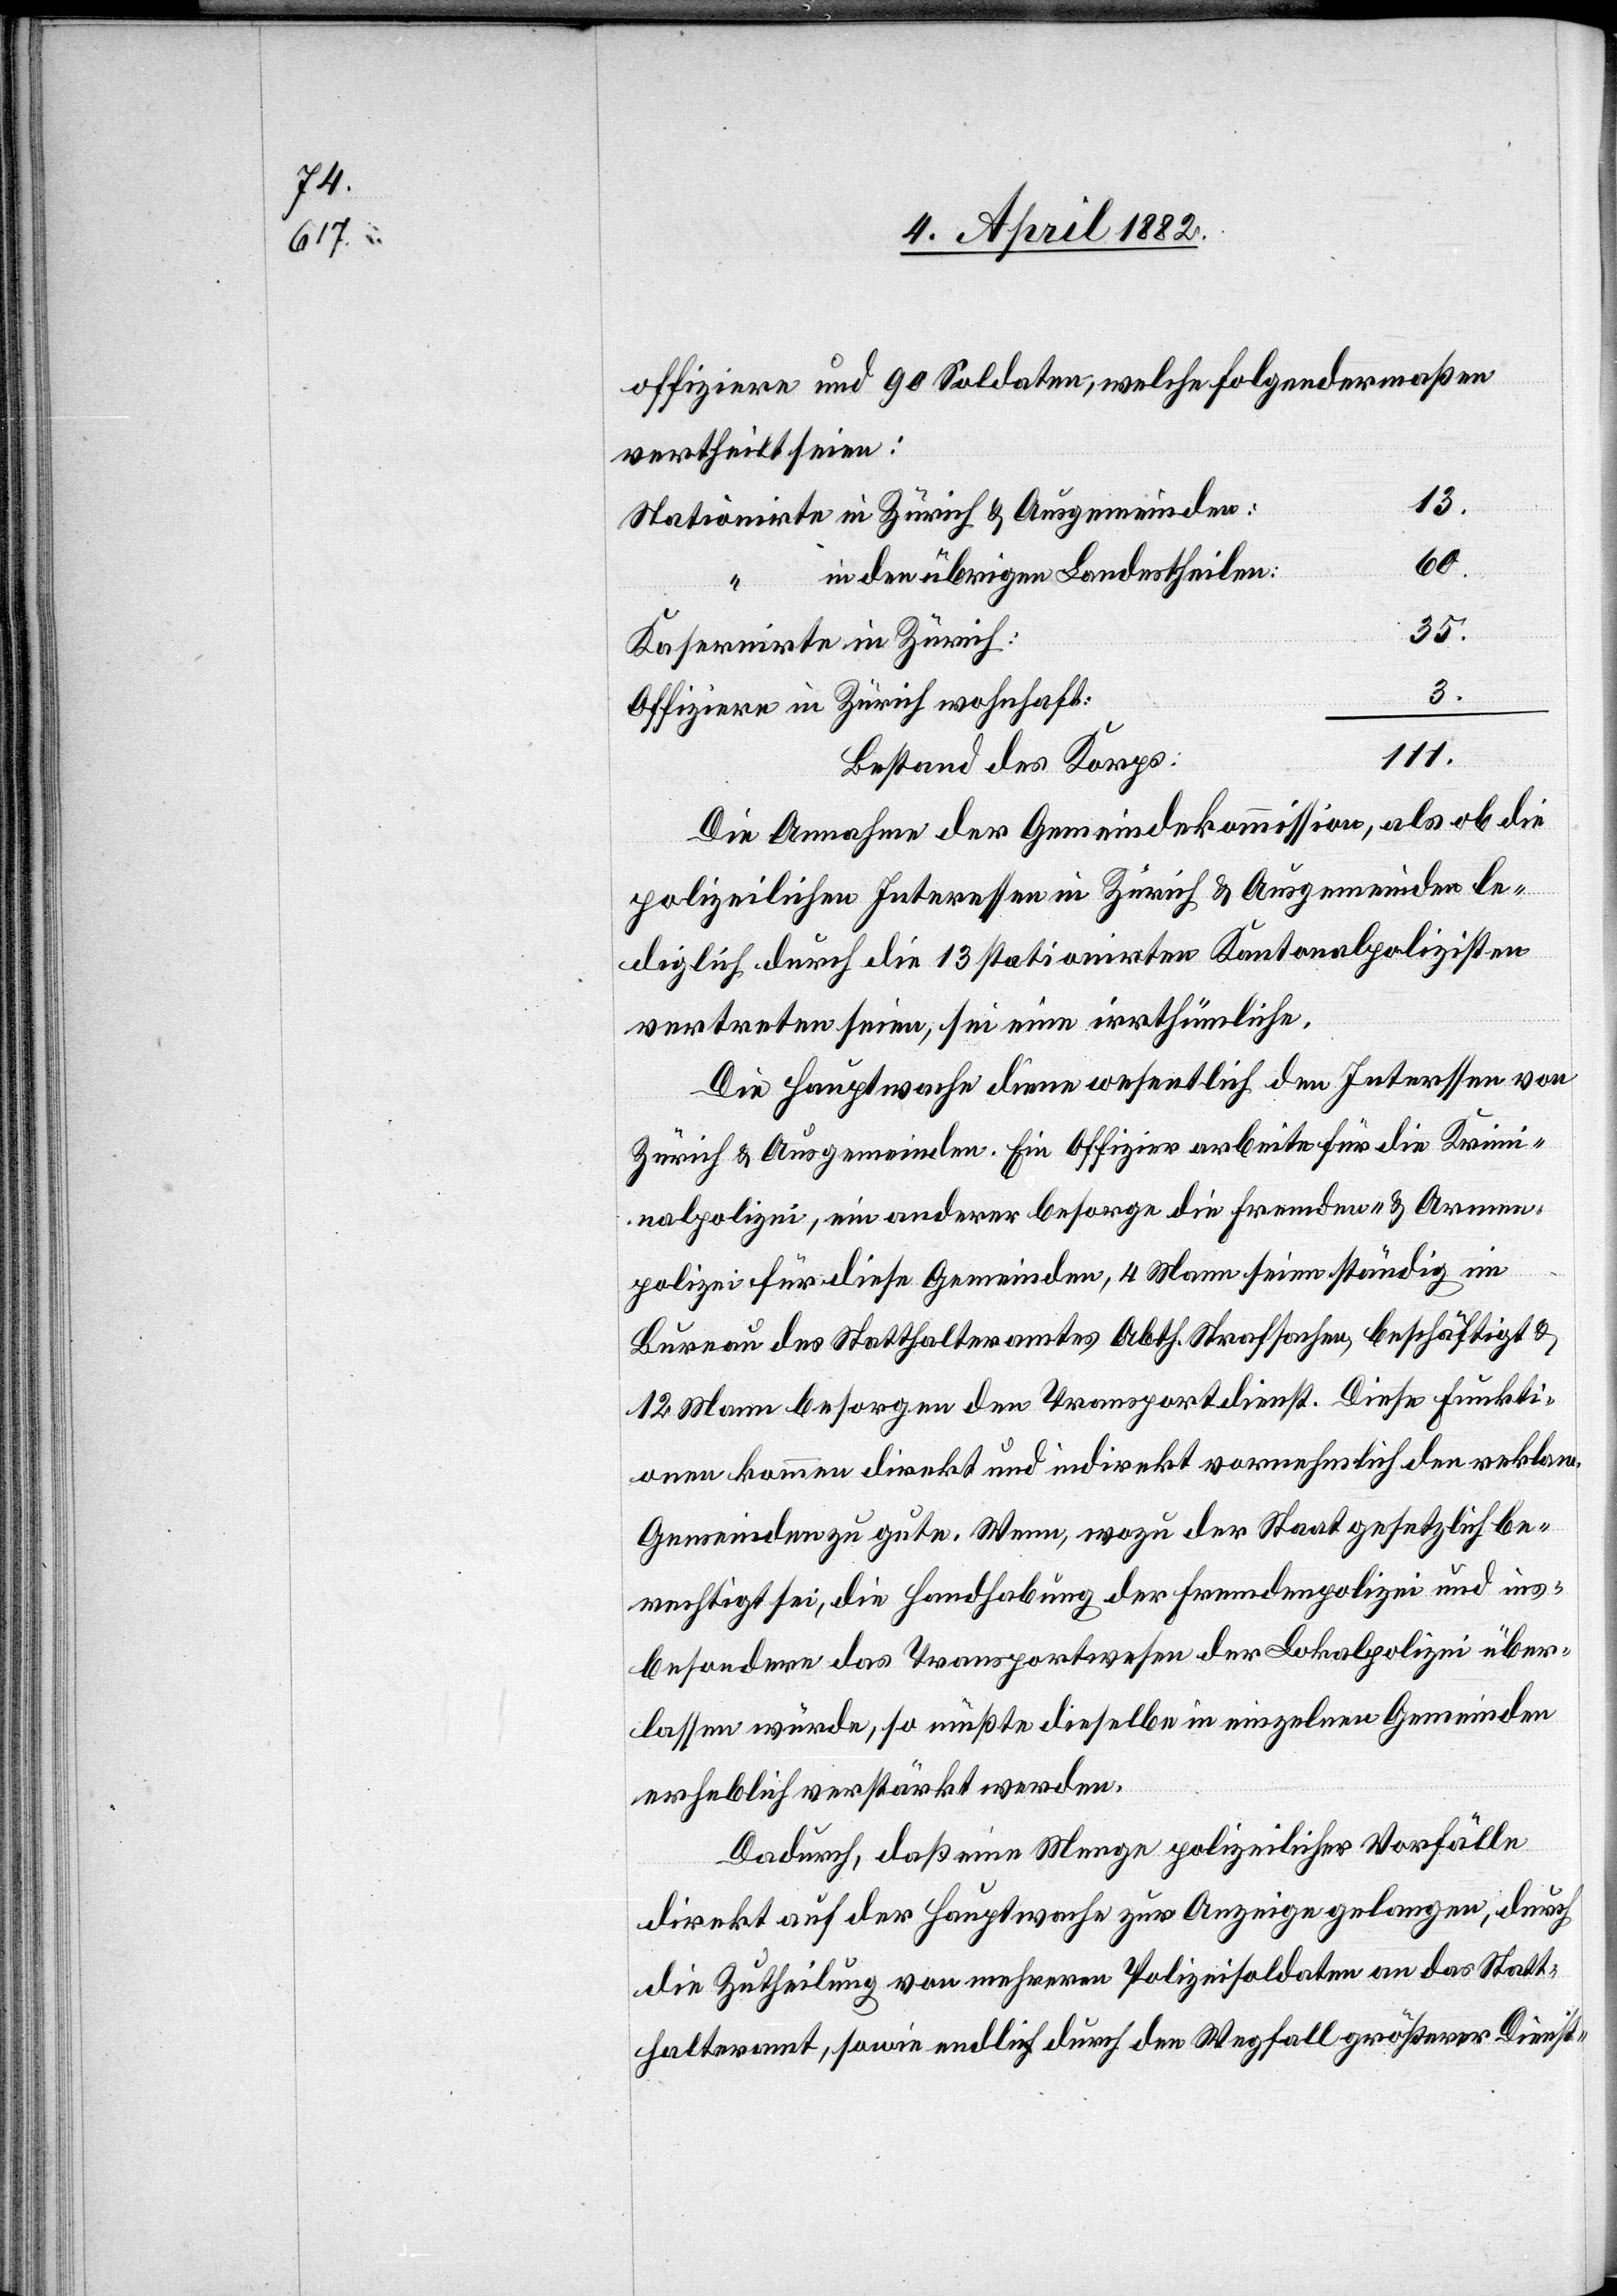
offiziere und 90 Soldaten, welche folgendermaßen
vertheilt seien:
Stationirte in Zürich & Ausgemeinden:
60.
in den übrigen Landestheilen:
35.
Kasernirte in Zürich:
3.
Offiziere in Zürich wohnhaft:
111.
Bestand des Korps:
Die Annahme der Gemeindekommission, als ob die
polizeilichen Interessen in Zürich & Ausgemeinden le¬
diglich durch die 13 stationirten Kantonalpolizisten
vertreten seien, sei eine irrthümliche.
Die Hauptwache diene wesentlich den Inter[e]ssen von
Zürich & Ausgemeinden. Ein Offizier arbeite für die Krimi¬
nalpolizei, ein anderer besorge die Fremden- & Armen¬
polizei für diese Gemeinden, 4 Mann seien ständig im
Bureau des Statthalteramtes Abth. Strafsachen, beschäftigt &
12 Mann besorgen den Transportdienst. Diese Funkti¬
onen kommen direkt und indirekt vornehmlich den reklam.
Gemeinden zu gute. Wenn, wozu der Staat gesetzlich be¬
rechtigt sei, die Handhabung der Fremdenpolizei und ins¬
besondere das Transportwesen der Lokalpolizei über¬
lassen würde, so müßte dieselbe in einzelnen Gemeinden
erheblich verstärkt werden.
Dadurch, daß eine Menge polizeilicher Vorfälle
direkt auf der Hauptwache zur Anzeige gelangen, durch
die Zutheilung von mehreren Polizeisoldaten an das Statt¬
halteramt, sowie endlich durch den Wegfall größerer Dienst-